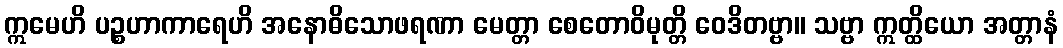
ဣမေဟိ ပဉ္စဟာကာရေဟိ အနောဓိသောဖရဏာ မေတ္တာ စေတောဝိမုတ္တိ ဝေဒိတဗ္ဗာ။ သဗ္ဗာ ဣတ္ထိယော အတ္တာနံ